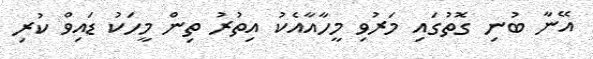
އޭނާ ބުނި ގޮތުގައި މަރުވި މީހާއާއެކު އިތުރު ތިން މީހަކު ޑައިވް ކުރި